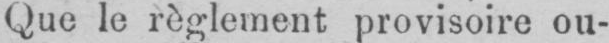
Que le règlement provisoire ou-